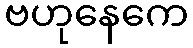
ဗဟုနေကေ